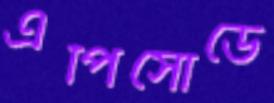
এপিসোডে